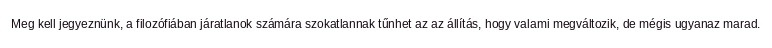
Meg kell jegyeznünk, a filozófiában járatlanok számára szokatlannak tűnhet az az állítás, hogy valami megváltozik, de mégis ugyanaz marad.